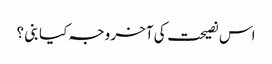
اس نصیحت کی آخر وجہ کیا بنی ؟